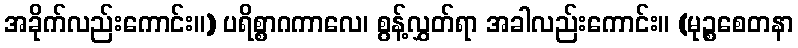
အခိုက်လည်းကောင်း။) ပရိစ္စာဂကာလေ၊ စွန့်လွှတ်ရာ အခါလည်းကောင်း။ (မုဉ္စစေတနာ